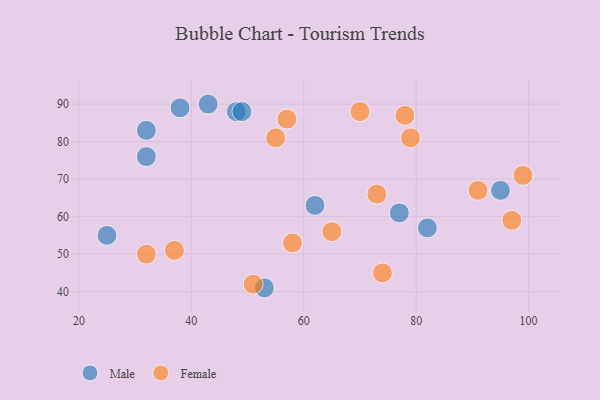
{"axis": {"x": "GDP", "y": "Life Expectancy"}, "legend": ["Female", "Male"], "data": [{"x": "43", "y": 90, "type": "Male"}, {"x": "38", "y": 89, "type": "Male"}, {"x": "48", "y": 88, "type": "Male"}, {"x": "77", "y": 61, "type": "Male"}, {"x": "62", "y": 63, "type": "Male"}, {"x": "49", "y": 88, "type": "Male"}, {"x": "82", "y": 57, "type": "Male"}, {"x": "95", "y": 67, "type": "Male"}, {"x": "25", "y": 55, "type": "Male"}, {"x": "32", "y": 76, "type": "Male"}, {"x": "32", "y": 83, "type": "Male"}, {"x": "53", "y": 41, "type": "Male"}, {"x": "55", "y": 81, "type": "Female"}, {"x": "97", "y": 59, "type": "Female"}, {"x": "70", "y": 88, "type": "Female"}, {"x": "73", "y": 66, "type": "Female"}, {"x": "74", "y": 45, "type": "Female"}, {"x": "37", "y": 51, "type": "Female"}, {"x": "91", "y": 67, "type": "Female"}, {"x": "51", "y": 42, "type": "Female"}, {"x": "32", "y": 50, "type": "Female"}, {"x": "79", "y": 81, "type": "Female"}, {"x": "99", "y": 71, "type": "Female"}, {"x": "78", "y": 87, "type": "Female"}, {"x": "65", "y": 56, "type": "Female"}, {"x": "58", "y": 53, "type": "Female"}, {"x": "57", "y": 86, "type": "Female"}]}